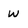
Character: w